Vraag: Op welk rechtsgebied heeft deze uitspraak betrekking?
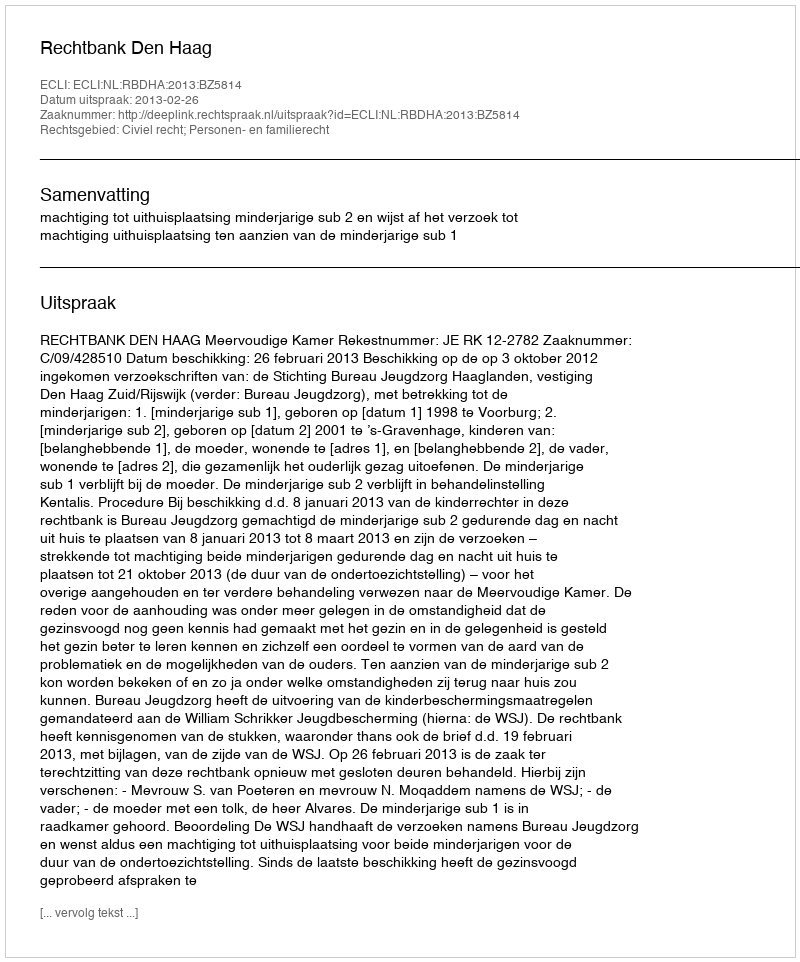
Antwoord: Civiel recht; Personen- en familierecht